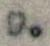
9.